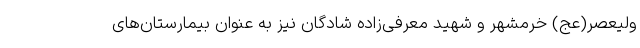
ولیعصر(عج) خرمشهر و شهید معرفی‌زاده شادگان نیز به عنوان بیمارستان‌های